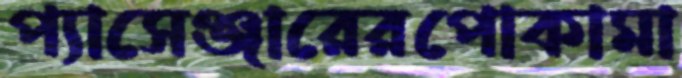
প্যাসেঞ্জারেরপোকামা